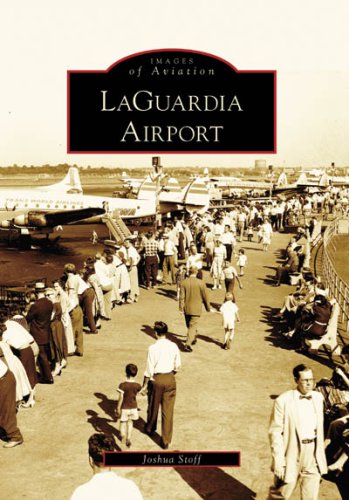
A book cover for LaGuardia Airport (Images of Aviation: New York); Joshua Stoff; Arts & Photography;